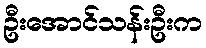
ဦးအောင်သန်းဦးက